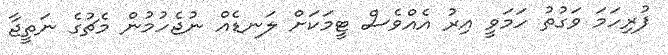
ފުރިހަމަ ވަގުތު ހަމަވީ އިރު އެއްވެސް ޓީމަކަށް ލަނޑެއް ނުޖެހުމުން މެޗުގެ ނަތީޖާ